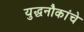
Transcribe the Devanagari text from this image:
युद्धनौकांचे